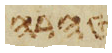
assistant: טהרה